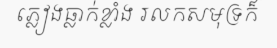
ភ្លៀងធ្លាក់ខ្លាំង រលកសមុទ្រក៏